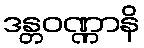
ဒန္တဝဏ္ဏာနိ